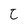
Character: C